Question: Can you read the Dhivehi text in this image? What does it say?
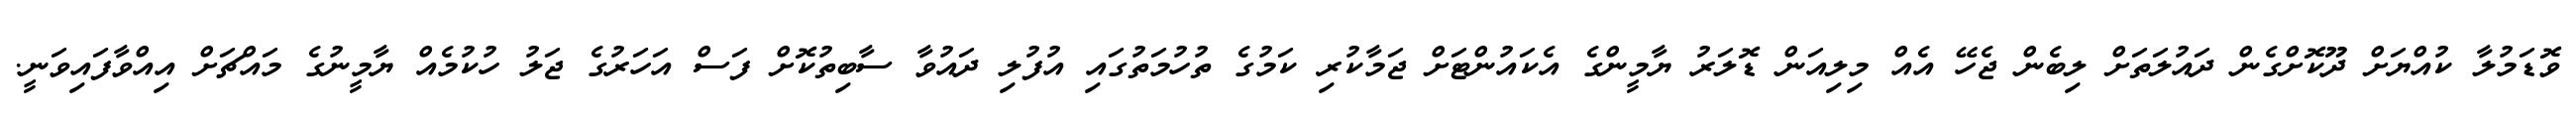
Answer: ވޮޑަމުލާ ކުއްޔަށް ދޫކޮށްގެން ދައުލަތަށް ލިބެން ޖެހޭ އެއް މިލިއަން ޑޮލަރު ޔާމީންގެ އެކައުންޓަށް ޖަމާކުރި ކަމުގެ ތުހުމަތުގައި އުފުލި ދައުވާ ސާބިތުކޮށް ފަސް އަހަރުގެ ޖަލު ހުކުމެއް ޔާމީނުގެ މައްޗަށް އިއްވާފައިވަނީ.